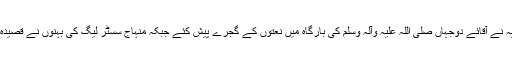
سمن، مہک، آمنہ، فاطمہ، شمسہ، عائشہ نور، نادیہ نے آقائے دوجہاں صلی اللہ علیہ وآلہ وسلم کی بارگاہ میں نعتوں کے گجرے پیش کئے جبکہ منہاج سسٹر لیگ کی بہنوں نے قصیدہ بردہ شریف اور دف کے ساتھ درود پاک پیش کیا۔